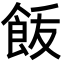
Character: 𩚿